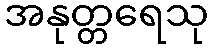
အနုတ္တရေသု